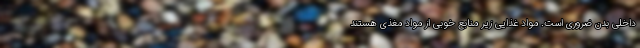
داخلی بدن ضروری است. مواد غذایی زیر منابع خوبی از مواد مغذی هستند